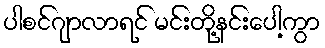
ပါစင်ဂျာလာရင် မင်းတို့နင်းပေါ့ကွာ